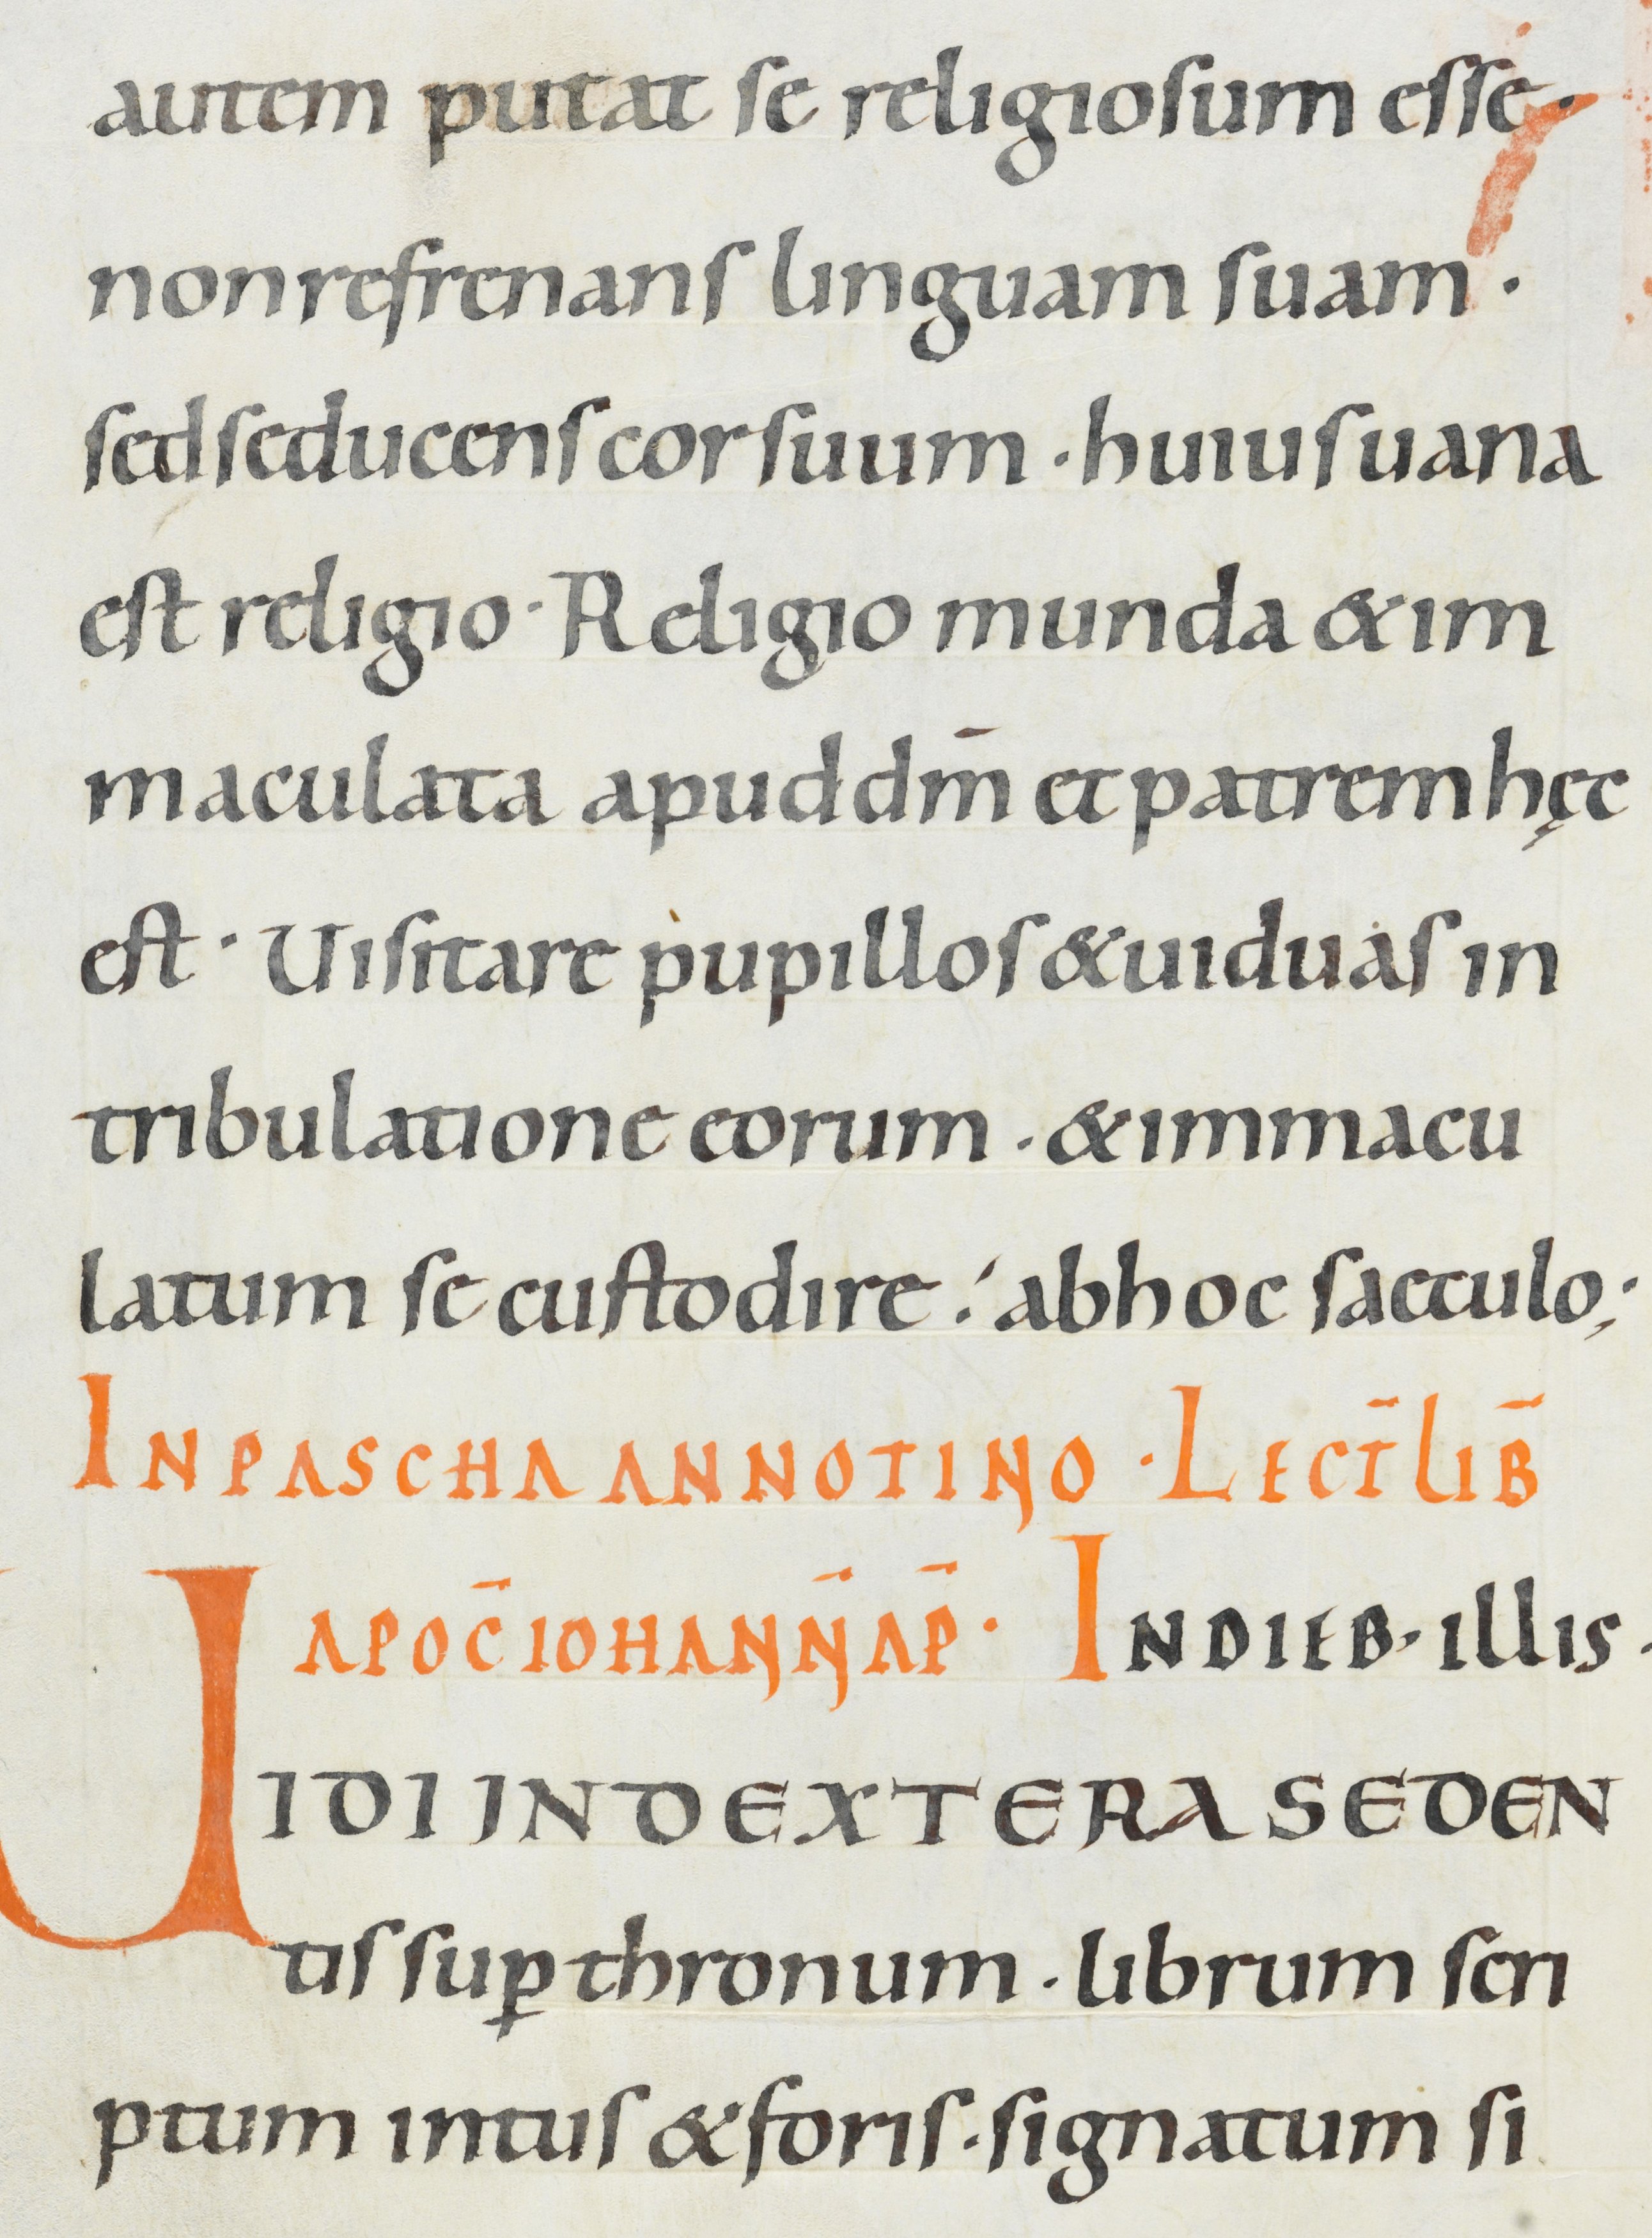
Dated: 1000–1049